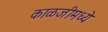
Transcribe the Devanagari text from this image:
काळजीमध्ये